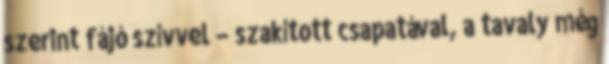
szerint fájó szívvel – szakított csapatával, a tavaly még